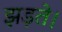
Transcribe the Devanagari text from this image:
झड़ते।